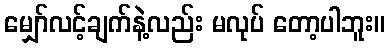
မျှော်လင့်ချက်နဲ့လည်း မလုပ် တော့ပါဘူး။